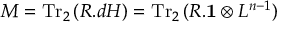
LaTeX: M = \mathrm { T r } _ { 2 } \, ( R . d { \cal H } ) = \mathrm { T r } _ { 2 } \, ( R . { \bf 1 } \otimes L ^ { n - 1 } )